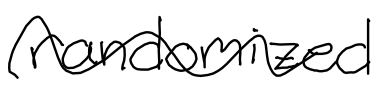
Text: randomized
Cross-out: wave
Writing tool: digital_black